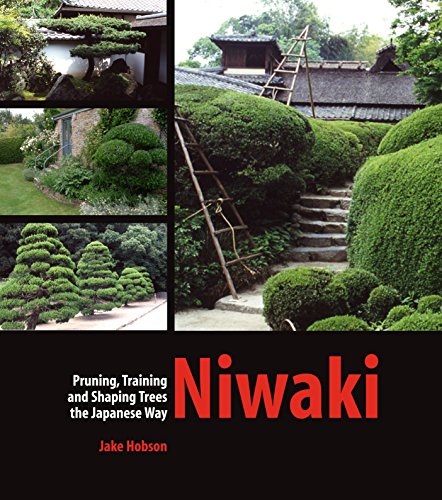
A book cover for Niwaki: Pruning, Training and Shaping Trees the Japanese Way; Jake Hobson; Crafts, Hobbies & Home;